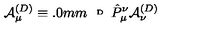
{ \cal A } _ { \mu } ^ { ( D ) } \equiv \raisebox { 2 . 0 m m } { { \tiny D } } \hat { P } _ { \mu } ^ { \nu } { \cal A } _ { \nu } ^ { ( D ) }